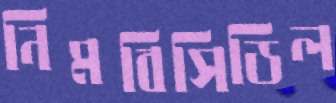
নিমবিসিডিল